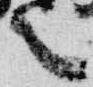
言